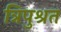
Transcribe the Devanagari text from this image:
त्रिपुश्रत